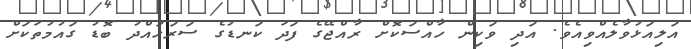
އަލިއަޅުވާލެއްވިއެވެ. އަދި ވަކިން ހާއްސަކޮށް ރާއްޖޭގެ ފަދަ ކަނޑުގެ ސަރަހައްދު ބޮޑު ގައުމުތަކަށް